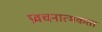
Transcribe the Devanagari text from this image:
प्रवचनात्मकता